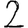
Digit: 2